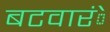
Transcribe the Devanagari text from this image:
बटवारंे